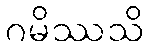
ဂမိဿသိ